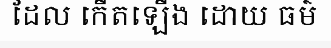
ដែល កើតឡើង ដោយ ធម៌